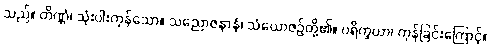
သည်။ တိဏ္ဏံ၊ သုံးပါးကုန်သော။ သညောဇနာနံ၊ သံယောဇဉ်တို့၏။ ပရိက္ခယာ၊ ကုန်ခြင်းကြောင့်။